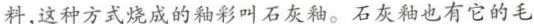
料，这种方式烧成的釉彩叫石灰釉。石灰釉也有它的毛